Annual administration report of the Civil Veterinary Department of India - 1897-1898
Year: 1897
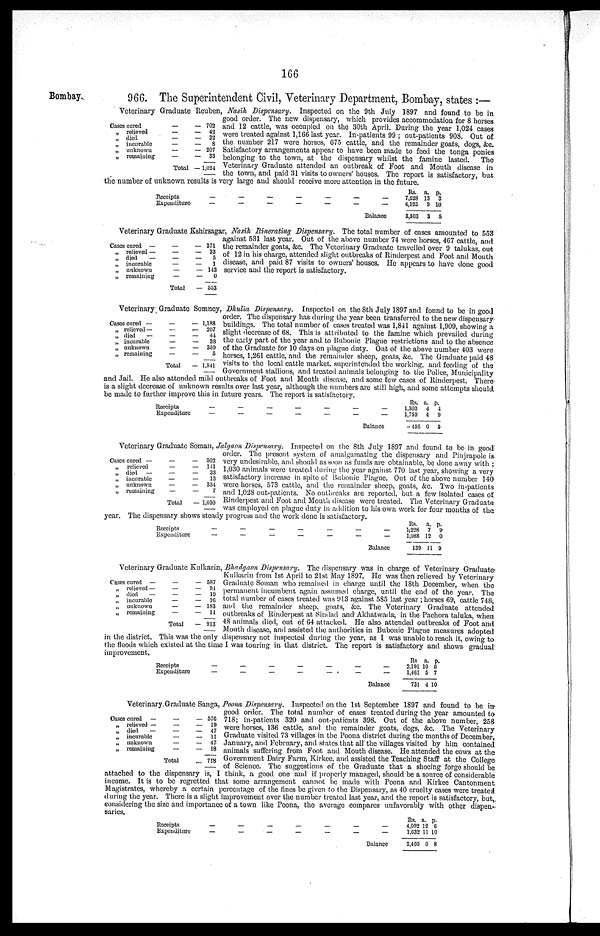
166
Bombay.
966. The Superintendent Civil, Veterinary Department, Bombay, states:—
Veterinary Graduate Reuben, Nasik Dispensary. Inspected on the 9th July 1897 and found to be in
good order. The new dispensary, which provides accommodation for 8 horses
and 12 cattle, was occupied on the 30th April. During the year 1,024 cases
were treated against 1,166 last year. In-patients 99; out-patients 908. Out of
the number 217 were horses, 675 cattle, and the remainder goats, dogs, &c.
Satisfactory arrangements appear to have been made to feed the tonga ponies
belonging to the town, at the dispensary whilst the famine lasted.
The
Veterinary Graduate attended an outbreak of Foot and Mouth disease in
the town, and paid 31 visits to owners' houses. The report is satisfactory, but
the number of unknown results is very large and should receive more attention in the future.
Cases cured
„ relieved
„ died
„ incurable
„ unknown
„ remaining
—
—
—
—
—
—
Total
— 702
— 42
— 32
— 8
— 207
— 33
— 1,024
Receipts
Expenditure
—
—
—
—
—
—
—
—
—
—
—
—
—
—
Balance
Rs.
7,628
4,125
3,503
a.
13
9
3
p.
3
10
5
Veterinary Graduate Kshirsagar, Nasik Itinerating Dispensary. The total number of cases amounted to 553
against 531 last year. Out of the above number 74 were horses, 467 cattle, and
the remainder goats, &c. The Veterinary Graduate travelled over 9 talukas, out
of 12 in his charge, attended slight outbreaks of Rinderpest and Foot and Mouth
disease, and paid 87 visits to owners' houses. He appears to have done good
service and the report is satisfactory.
Cases cured —
„ relieved —
„ died
—
„ incurable
„ unknown
„ remaining
—
—
—
—
—
—
Total
— 371
— 33
—
5
—
1
— 143
— 0
— 553
Veterinary Graduate Somney, Dhulia Dispensary. Inspected on the 8th July 1897 and found to be in good
order. The dispensary has during the year been transferred to the new dispensary
buildings. The total number of cases treated was 1,841 against 1,909, showing a
slight decrease of 68. This is attributed to the famine which prevailed during
the early part of the year and to Bubonic Plague restrictions and to the absence
of the Graduate for 10 days on plague duty. Out of the above number 403 were
horses, 1,261 cattle, and the remainder sheep, goats, &c. The Graduate paid 48
visits to the local cattle market, superintended the working, and feeding of the
Government stallions, and treated animals belonging to the Police, Municipality
and Jail. He also attended mild outbreaks of Foot and Mouth disease, and some few cases of Rinderpest. There
is a slight decrease of unknown results over last year, although the numbers are still high, and some attempts should
be made to further improve this in future years. The report is satisfactory.
Oases cared —
„ relieved—
„ died
—
„ incurable
„ unknown
„ remaining
—
—
—
—
—
—
Total
— 1,188
— 207
— 44
— 38
— 359
—
5
— 1,841
Receipts
Expenditure
—
—
—
—
—
—
—
—
—
—
—
—
—
—
Balance
Rs.
1,303
1,759
-456
a.
4
4
0
p.
4
9
5
Veterinary Graduate Soman, Jalgaon Dispensary. Inspected on the 8th July 1897 and found to be in good
order. The present system of amalgamating the dispensary and Pinjrapole is
very undesirable, and should as soon as funds are obtainable, be done away with;
1,030 animals were treated during the year against 770 last year, showing a very
satisfactory increase in spite of Bubonic Plague. Out of the above number 140
were horses, 573 cattle, and the remainder sheep, goats, &c. Two in-patients
and 1,028 out-patients. No outbreaks are reported, but a few isolated cases of
Rinderpest and Foot and Mouth disease were treated. The Veterinary Graduate
— was employed on plague duty in addition to his own work for four months of the
year. The dispensary shows steady progress and the work done is satisfactory.
Oases cured —
„ relieved
„ died —
„ incurable
„ unknown
„ remaining
—
—
—
—
—
—
Total
— 502
— 141
—
33
—
13
— 334
—
7
— 1,030
Receipts
Expenditure
—
—
—
—
—
—
—
—
—
—
—
—
—
—
Balance
Rs.
1,228
1,088
139
a.
7
12
11
p.
9
0
9
Veterinary Graduate Kulkarin, Bhadgaon Dispensary. The dispensary was in charge of Veterinary Graduate
Kulkarin from 1st April to 2lst May 1897. He was then relieved by Veterinary
Graduate Soman who remained in charge until the 18th December, when the
permanent incumbent again assumed charge, until the end of the year. The
total number of cases treated was 913 against 585 last year; horses 69, cattle 748,
and the remainder sheep, goats, &c. The Veterinary Graduate attended
outbreaks of Rinderpest at Sindad and Akhatwada in the Pachora taluka, when
48 animals died, out of 64 attacked. He also attended outbreaks of Foot and
Mouth disease, and assisted the authorities in Bubonic Plague measures adopted
in the district. This was the only dispensary not inspected during the year, as I was unable to reach it, owing to
the floods which existed at the time I was touring in, that district. The report is satisfactory and shows gradual
improvement.
Cases cured —
„ relieved —
„ died
—
„ incurable
„ unknown
„ remaining
—
—
—
—
—
—
Total
— 587
— 94
— 19
— 16
— 183
— 14
— 913
Receipts
Expenditure
—
—
—
—
—
—
—
—
—
—
—
—
—
—
Balance
Rs
2,191
1,461
731
a.
10
5
4 1
p.
5
7
0
Veterinary Graduate Sanga, Poona Dispensary. Inspected on the 1st September 1897 and found to be in
good order. The total number of cases treated during the year amounted to
718; in-patients 320 and out-patients 398. Out of the above number, 258
were horses, 136 cattle, and the remainder goats, dogs, &c. The Veterinary
Graduate visited 73 villages in the Poona district during the months of December,
January, and February, and states that all the villages visited by him contained
animals suffering from Foot and Mouth disease. He attended the cows at the
Government Dairy Farm, Kirkee, and assisted the Teaching Staff at the College
of Science. The suggestions of the Graduate that a shoeing forge should be
attached to the dispensary is, I think, a good one and if properly managed, should be a source of considerable
income. It is to be regretted that some arrangement cannot be made with Poona and Kirkee Cantonment
Magistrates, whereby a certain percentage of the fines be given to the Dispensary, as 40 cruelty cases were treated
during the year. There is a slight improvement over the number treated last year, and the report is satisfactory, but,
considering the size and importance of a town like Poona, the average compares unfavorably with other dispen-
saries.
Oases cured —
„ relieved —
„ died
—
„ incurable
„ unknown
„ remaining
—
—
—
—
—
—
Total
— 57C
— 19
— 47
— 11
— 47
— 18
... 718
Receipts
Expenditure
—
—
—
—
—
—
—
—
—
—
—
—
—
—
Balance
Rs.
4,092
1,632
2,460
a.
12
11
0
p.
6
10
8